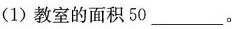
(1)教室的面积50___。